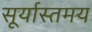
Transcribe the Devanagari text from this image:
सूर्यास्तमय